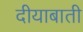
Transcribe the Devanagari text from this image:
दीयाबाती